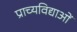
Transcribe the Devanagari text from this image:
प्राच्यविद्याओं